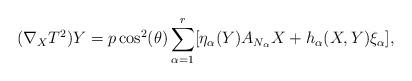
LaTeX: \begin{align*}(\nabla_XT^2)Y=p\cos^2(\theta)\sum_{\alpha=1}^r[\eta_{\alpha}(Y)A_{N_{\alpha}}X+h_{\alpha}(X,Y)\xi_{\alpha}],\end{align*}